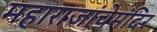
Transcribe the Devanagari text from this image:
महाराजांचेमंदिर